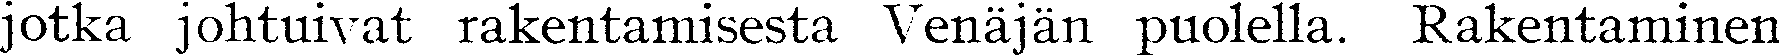
jotka johtuivat rakentamisesta Venäjän puolella. Rakentaminen